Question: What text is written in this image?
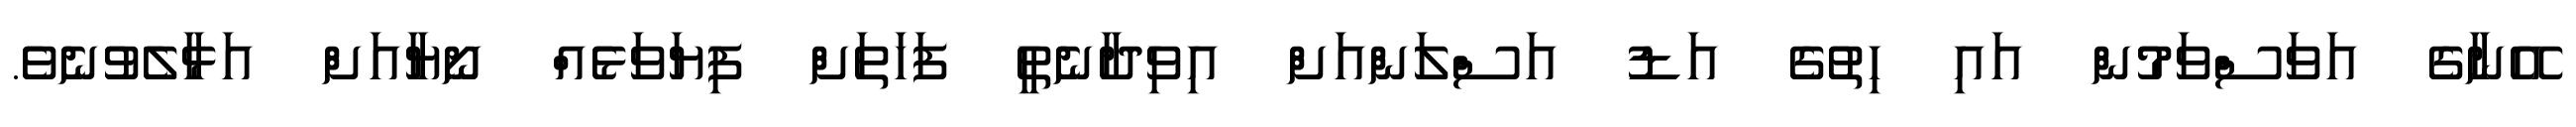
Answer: އޭނާގެ އަވަސްވަމުން އައި ހިތުގެ އަޑު އަސްލަންއަށް އިވިދާނެތީ ފަހަތަށް ފިޔަވަޅެއް ނޯޔާއަށް އަޅާލެވުނެވެ.